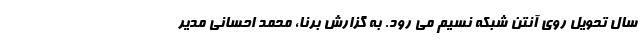
سال تحویل روی آنتن شبکه نسیم می رود. به گزارش برنا، محمد احسانی مدیر